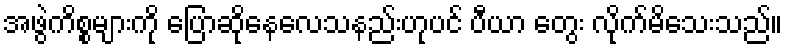
အဖွဲကိစ္စများကို ပြောဆိုနေလေသနည်းဟုပင် ပီယာ တွေး လိုက်မိသေးသည်။